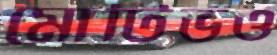
মোটিভও